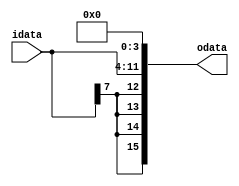
module signed_expand(
idata,
odata
);
parameter IWIDTH = 8;
parameter OWIDTH = 16;
parameter IPRE = 4;
input [IWIDTH-1:0] idata;
output [OWIDTH-1:0] odata;

assign odata = 
{
	{ IPRE { idata[IWIDTH-1]} },
	idata,
	{ OWIDTH - IWIDTH - IPRE { 1'b0 } }
};

endmodule